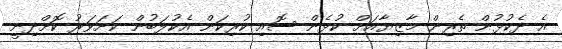
އެ ދެކުޅުން ތެރިން މާޒިޔާއަށް ކުޅެން ސޮއި ކުރިކަން އެކުލަބުން ކަށަވަރު ކޮށްދިނީ